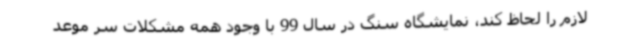
لازم را لحاظ کند، نمایشگاه سنگ در سال 99 با وجود همه مشکلات سر موعد